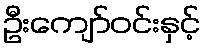
ဦးကျော်ဝင်းနှင့်